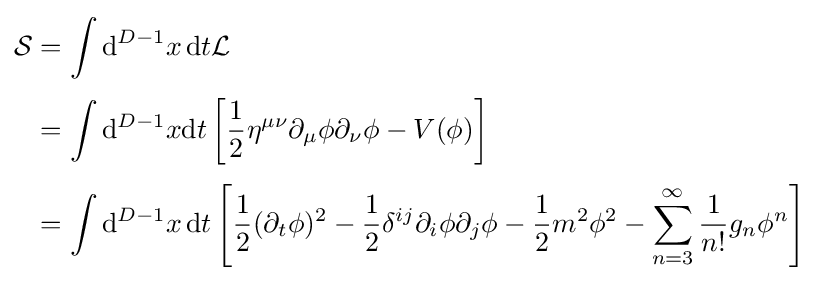
{\begin{aligned}{\mathcal {S}}&=\int \mathrm {d} ^{D-1}x\,\mathrm {d} t{\mathcal {L}}\\[3pt]&=\int \mathrm {d} ^{D-1}x\mathrm {d} t\left[{\frac {1}{2}}\eta ^{\mu \nu }\partial _{\mu }\phi \partial _{\nu }\phi -V(\phi )\right]\\[3pt]&=\int \mathrm {d} ^{D-1}x\,\mathrm {d} t\left[{\frac {1}{2}}(\partial _{t}\phi )^{2}-{\frac {1}{2}}\delta ^{ij}\partial _{i}\phi \partial _{j}\phi -{\frac {1}{2}}m^{2}\phi ^{2}-\sum _{n=3}^{\infty }{\frac {1}{n!}}g_{n}\phi ^{n}\right]\end{aligned}}